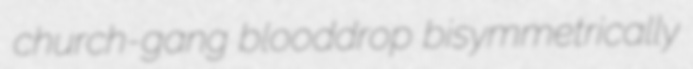
church-gang blooddrop bisymmetrically